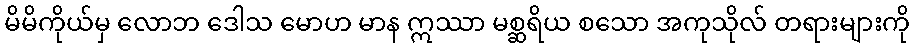
မိမိကိုယ်မှ လောဘ ဒေါသ မောဟ မာန ဣဿာ မစ္ဆရိယ စသော အကုသိုလ် တရားများကို